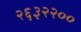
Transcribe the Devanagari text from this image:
२६३२२००